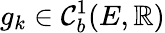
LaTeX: g_{k}\in\mathcal{C}_{b}^{1}(E,\mathbb{R})